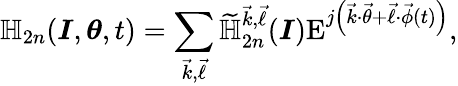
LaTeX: \mathbb{H}_{2n}(\boldsymbol{I},\boldsymbol{\theta},t)=\sum_{\vec{k},\vec{\ell}}\widetilde{\mathbb{H}}_{2n}^{\vec{k},\vec{\ell}}(\boldsymbol{I})\mathrm{E}^{j\left(\vec{k}\cdot\vec{\theta}+\vec{\ell}\cdot\vec{\phi}(t)\right)},